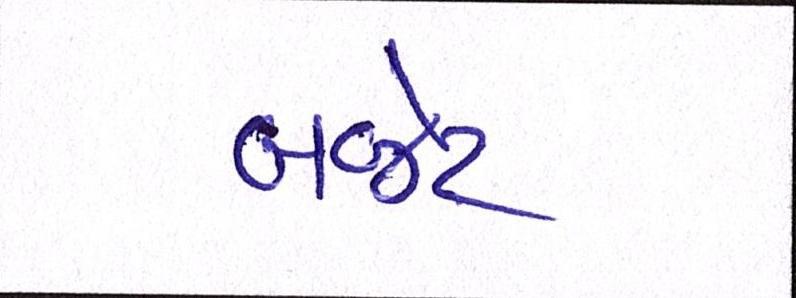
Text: બજેટ